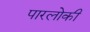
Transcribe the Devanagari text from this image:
पारलोकी